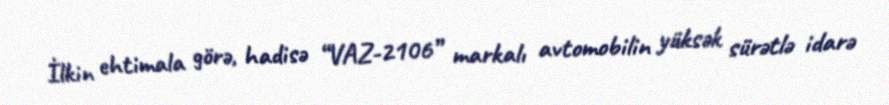
İlkin ehtimala görə, hadisə “VAZ-2106” markalı avtomobilin yüksək sürətlə idarə